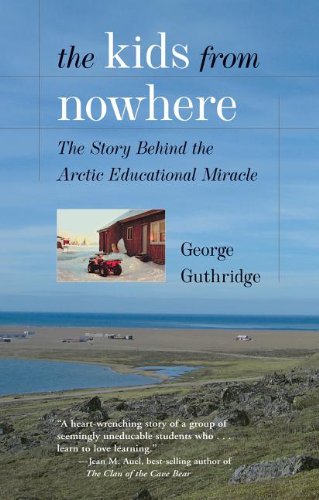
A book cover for The Kids from Nowhere; George Guthridge; Biographies & Memoirs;